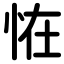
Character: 恠